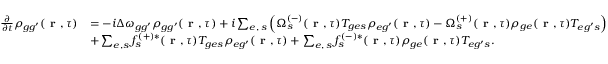
\begin{array} { r l } { \frac { \partial } { \partial t } \rho _ { { g g ^ { \prime } } } ( \textbf { r } , \tau ) } & { = - i \Delta \omega _ { { g g ^ { \prime } } } \rho _ { { g g ^ { \prime } } } ( \textbf { r } , \tau ) + i \sum _ { e , \, s } \left( \Omega _ { s } ^ { ( - ) } ( \textbf { r } , \tau ) T _ { { g e } s } \rho _ { { e g ^ { \prime } } } ( \textbf { r } , \tau ) - \Omega _ { s } ^ { ( + ) } ( \textbf { r } , \tau ) \rho _ { { g e } } ( \textbf { r } , \tau ) T _ { { e g ^ { \prime } } s } \right) } \\ & { + \sum _ { e , s } f _ { s } ^ { ( + ) * } ( \textbf { r } , \tau ) T _ { { g e } s } \rho _ { { e g ^ { \prime } } } ( \textbf { r } , \tau ) + \sum _ { e , \, s } f _ { s } ^ { ( - ) * } ( \textbf { r } , \tau ) \rho _ { { g e } } ( \textbf { r } , \tau ) T _ { { e g ^ { \prime } } s } . } \end{array}